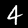
Label: 4